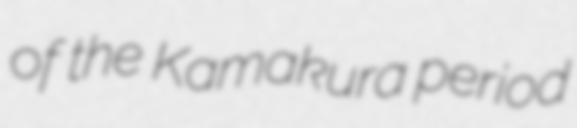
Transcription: of the Kamakura period